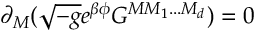
\partial _ { M } ( \sqrt { - g } e ^ { \beta \phi } G ^ { M M _ { 1 } . . . M _ { d } } ) = 0